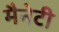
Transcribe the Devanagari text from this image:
मैनेटी